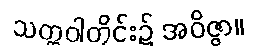
သတ္တဝါတိုင်း၌ အဝိဇ္ဇာ။